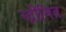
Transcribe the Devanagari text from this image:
स्ट्रीमित